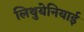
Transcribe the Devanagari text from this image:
लिथुयेनियाई